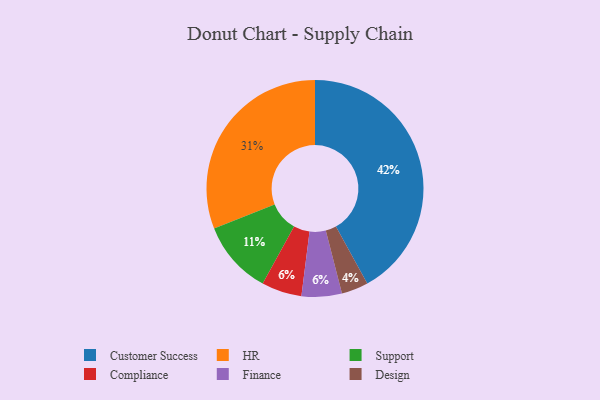
{"axis": {"x": "Category", "y": "Percentage"}, "legend": ["Compliance", "Customer Success", "Design", "Finance", "HR", "Support"], "data": [{"x": "Customer Success", "y": 42, "type": "Customer Success"}, {"x": "Support", "y": 11, "type": "Support"}, {"x": "Compliance", "y": 6, "type": "Compliance"}, {"x": "HR", "y": 31, "type": "HR"}, {"x": "Design", "y": 4, "type": "Design"}, {"x": "Finance", "y": 6, "type": "Finance"}]}